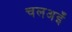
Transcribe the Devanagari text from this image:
चलअइँ